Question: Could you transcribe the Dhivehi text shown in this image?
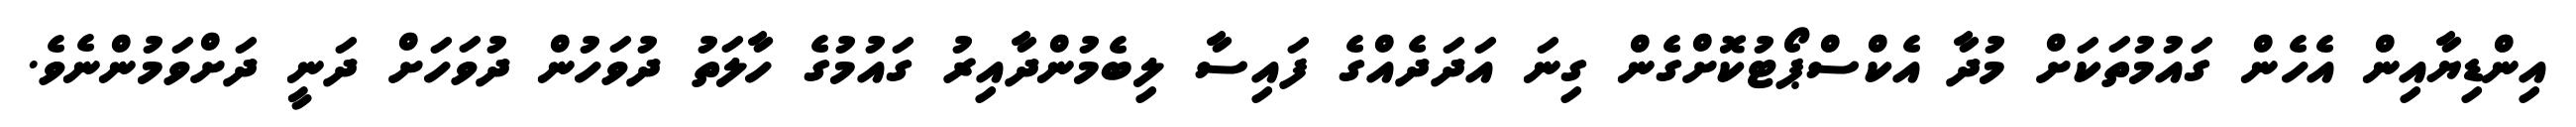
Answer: އިންޑިޔާއިން އެހެން ގައުމުތަކަށް މުދާ އެކްސްޕޯޓުކޮށްގެން ގިނަ އަދަދެއްގެ ފައިސާ ލިބެމުންދާއިރު ގައުމުގެ ހާލަތު ދުވަހުން ދުވަހަށް ދަނީ ދަށްވަމުންނެވެ.